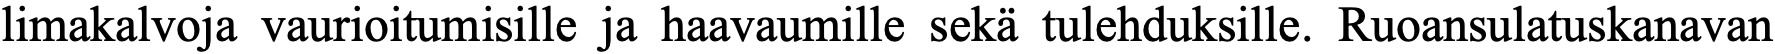
limakalvoja vaurioitumisille ja haavaumille sekä tulehduksille. Ruoansulatuskanavan